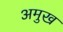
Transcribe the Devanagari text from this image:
अमुख